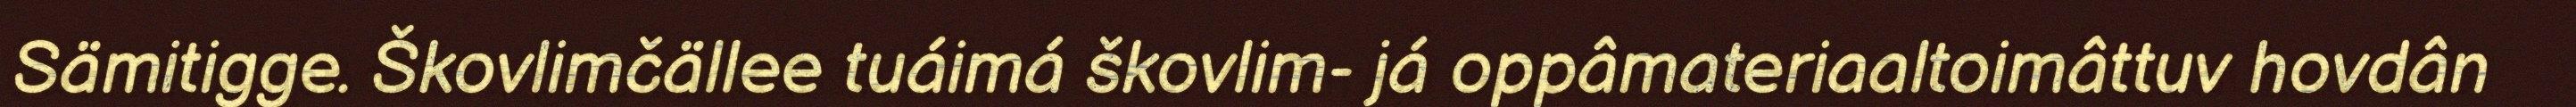
Sämitigge. Škovlimčällee tuáimá škovlim- já oppâmateriaaltoimâttuv hovdân